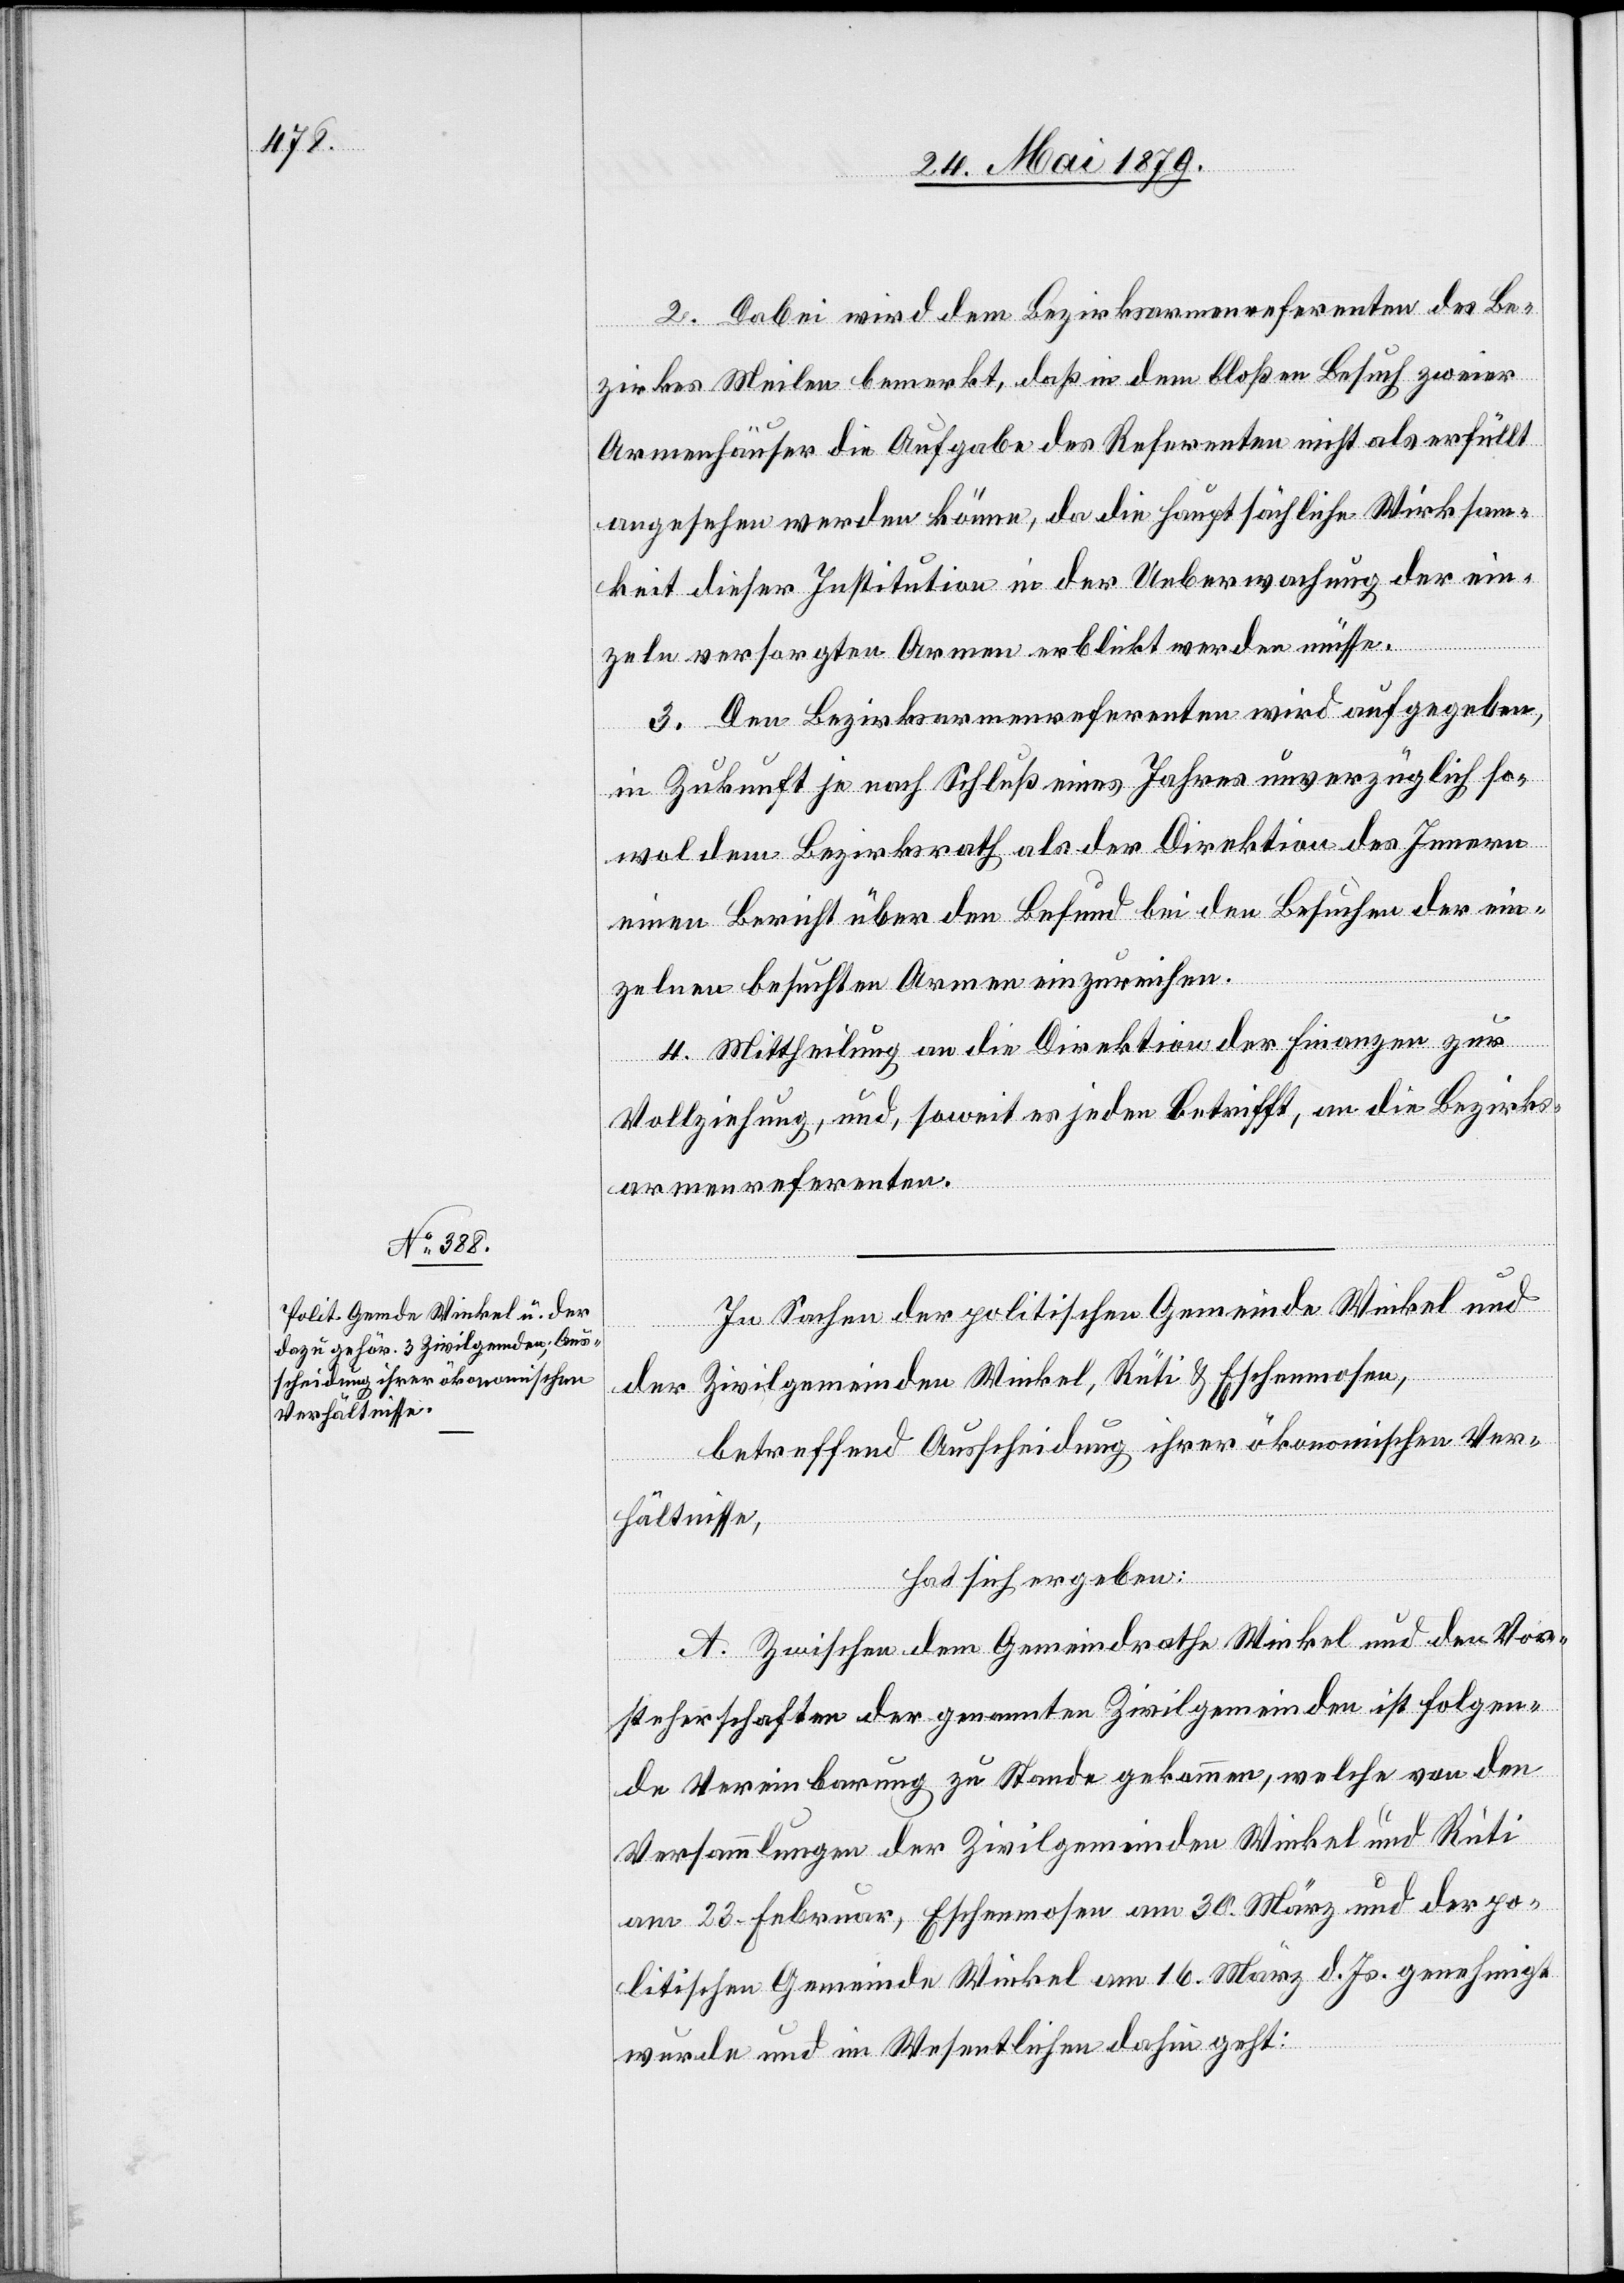
2. Dabei wird dem Bezirksarmenreferenten des Be¬
zirkes Meilen bemerkt, daß in dem bloßen Besuch zweier
Armenhäuser die Aufgabe des Referenten nicht als erfüllt
angesehen werden könne, da die hauptsächliche Wirksam¬
keit dieser Institution in der Ueberwachung der ein¬
zeln versorgten Armen erblickt werden müsse.
3. Den Bezirksarmenreferenten wird aufgegeben,
in Zukunft je nach Schluß eines Jahres unverzüglich so¬
wol dem Bezirksrath als der Direktion des Innern
einen Bericht über den Befund bei den Besuchen der ein¬
zelnen besuchten Armen einzureichen.
4. Mittheilung an die Direktion der Finanzen zur
Vollziehung, und, soweit es jeden betrifft, an die Bezirks¬
armenreferenten.
In Sachen der politischen Gemeinde Winkel und
der Zivilgemeinden Winkel, Rüti & Eschenmosen,
betreffend Ausscheidung ihrer ökonomischen Ver¬
hältnisse,
hat sich ergeben:
A. Zwischen dem Gemeindrathe Winkel und den Vor¬
steherschaften der genannten Zivilgemeinden ist folgen¬
de Vereinbarung zu Stande gekommen, welche von den
Versammlungen der Zivilgemeinden Winkel und Rüti
am 23. Februar, Eschenmosen am 30. März und der po¬
litischen Gemeinde Winkel am 16. März d. Js. genehmigt
wurde und im Wesentlichen dahin geht: